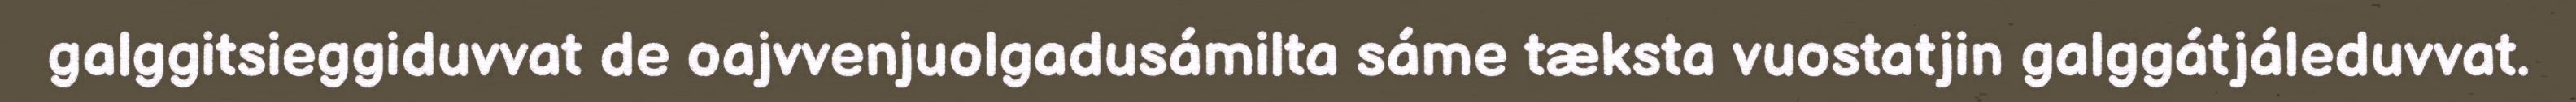
galggitsieggiduvvat de oajvvenjuolgadusámilta sáme tæksta vuostatjin galggátjáleduvvat.